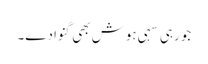
جو رہی سہی ہوش بھی گنوا دے۔